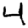
Digit: 4